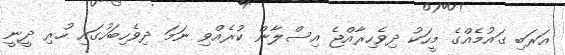
އަރަބި ގައުމެއްގެ މީހަކު ދިވެހިރާއްޖެ އިސްލާން ކުރެއްވި ނަމަ ދިވެހިބަހުގައި ހުރި ދީނީ